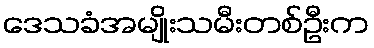
ဒေသခံအမျိုးသမီးတစ်ဦးက